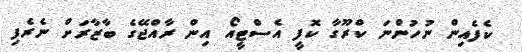
ކެފެއިން ނުހުންނަ ކްރޫގާ ކޮފީ އެސްޓީއޯ އިން ރާއްޖޭގެ ބާޒާރަށް ނެރެފި